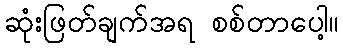
ဆုံးဖြတ်ချက်အရ စစ်တာပေါ့။